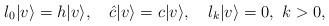
LaTeX: \begin{align*}l_0| v \rangle=h| v \rangle , \quad \hat c | v \rangle=c| v \rangle, \quad l_k| v \rangle=0, \ k>0,\end{align*}